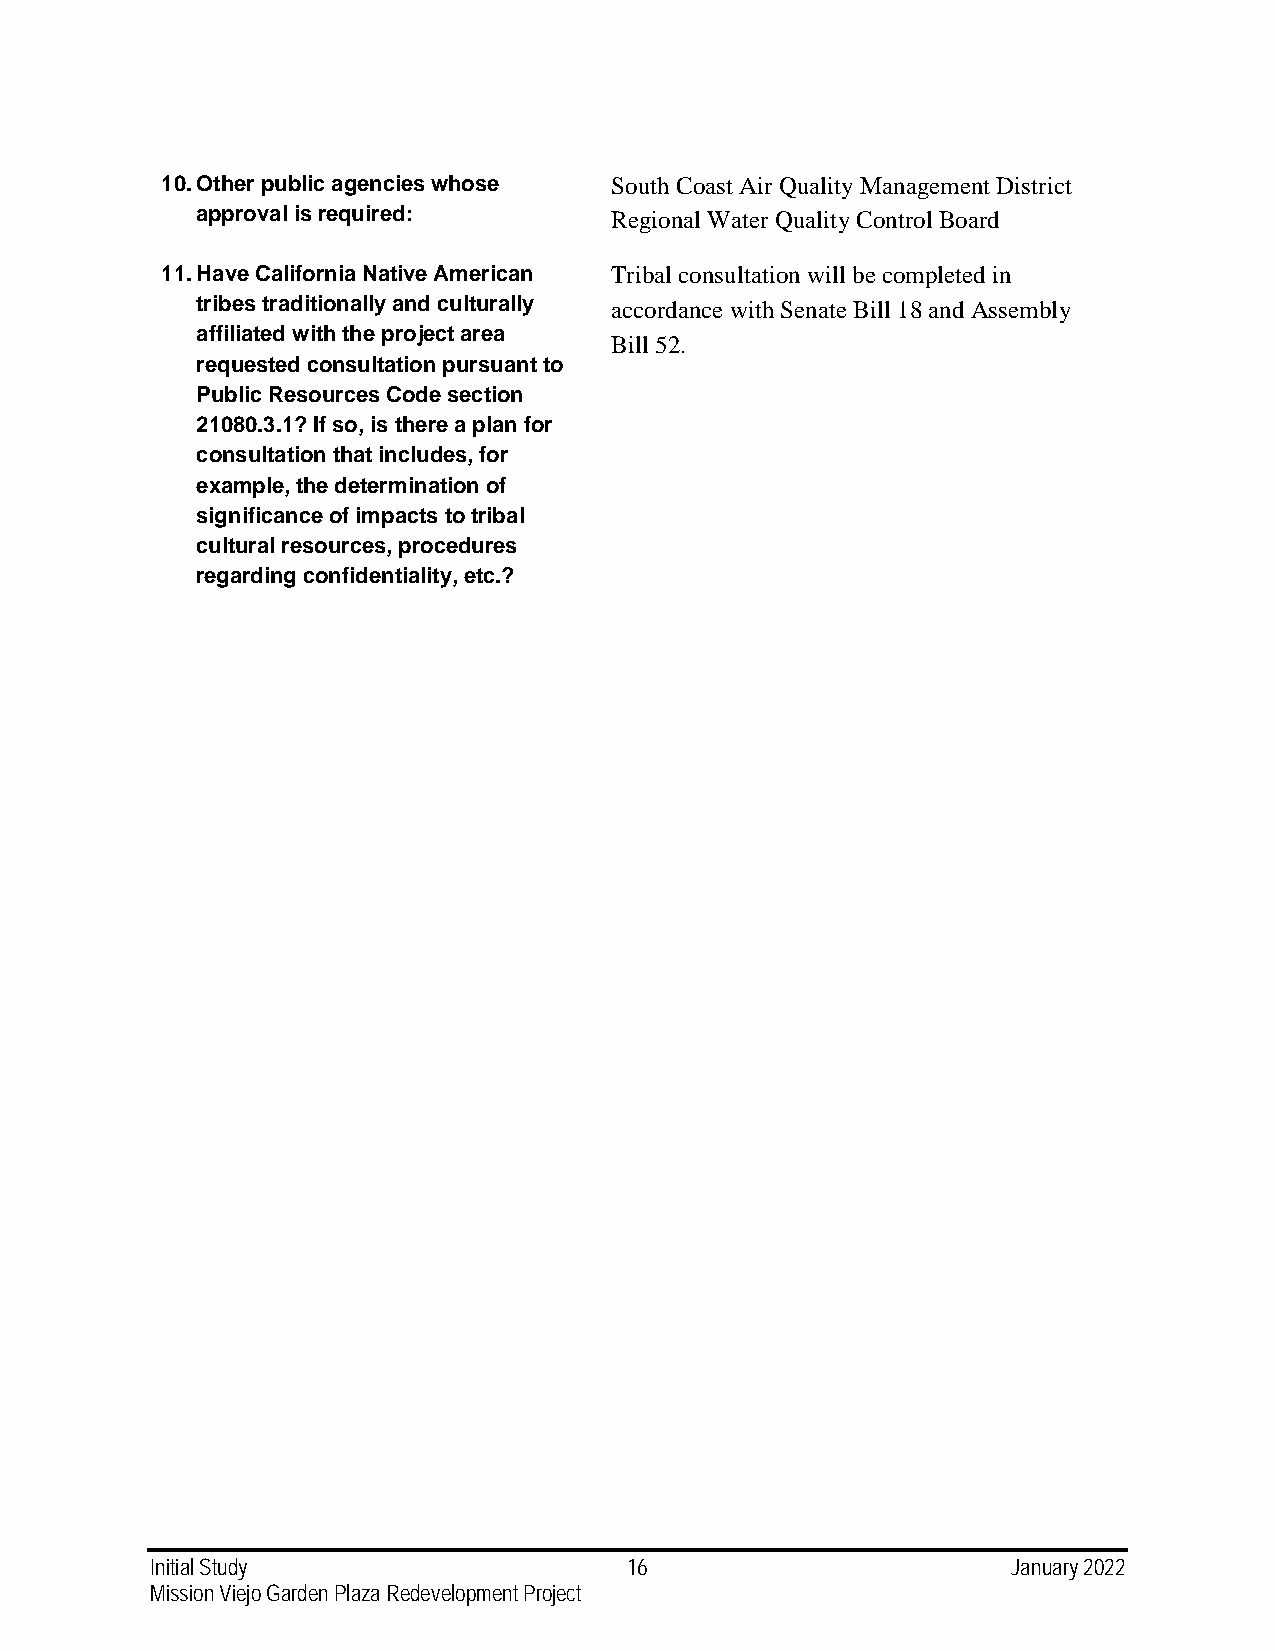
10. Other public agencies whose South Coast Air Quality Management District
 approval is required:      Regional Water Quality Control Board
 11. Have California Native American Tribal consultation will be completed in
 tribes traditionally and culturally accordance with Senate Bill 18 and Assembly
 affiliated with the project area
 Bill 52.
 requested consultation pursuant to
 Public Resources Code section
 21080.3.1? If so, is there a plan for
 consultation that includes, for
 example, the determination of
 significance of impacts to tribal
 cultural resources, procedures
 regarding confidentiality, etc.?
 Initial Study                   16                       January 2022
 Mission Viejo Garden Plaza Redevelopment Project